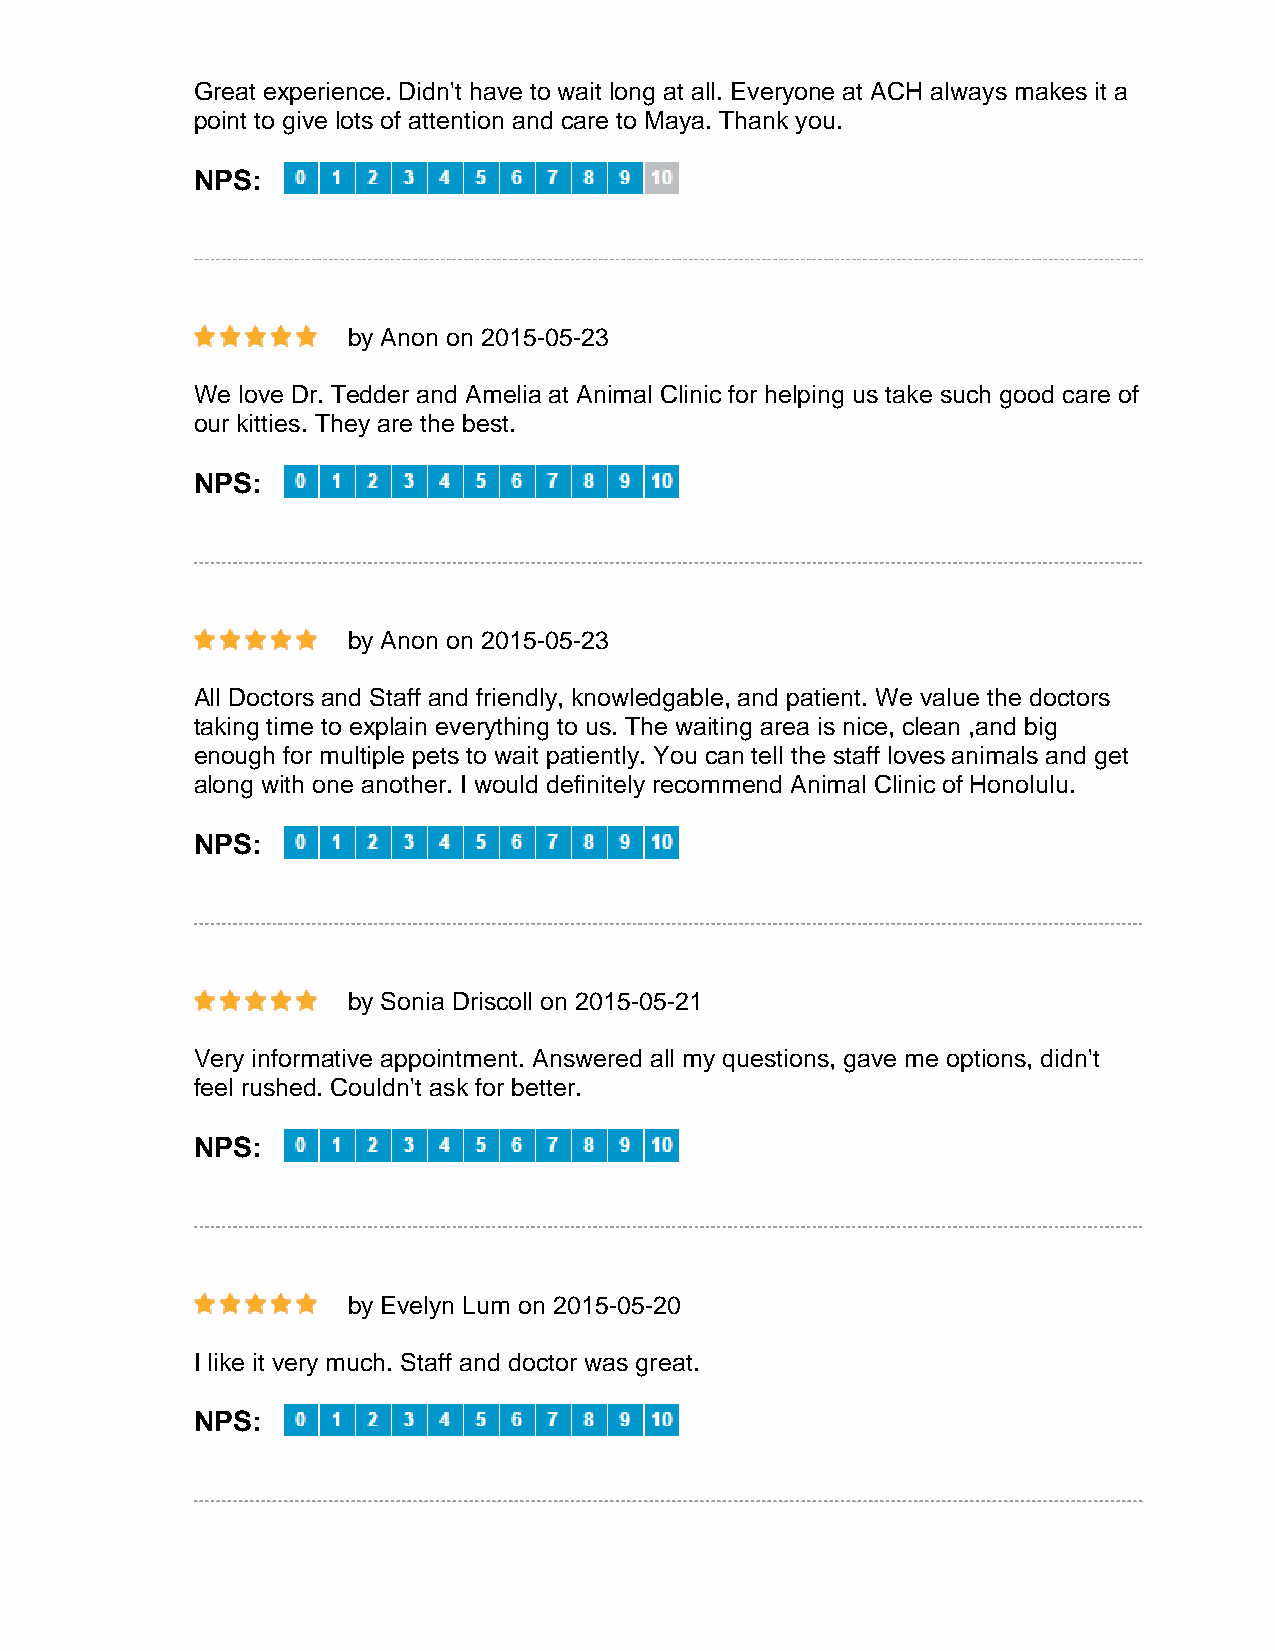
Great experience. Didn't have to wait long at all. Everyone at ACH always makes it a
 point to give lots of attention and care to Maya. Thank you.
 NPS:
 by Anon on 2015-05-23
 We love Dr. Tedder and Amelia at Animal Clinic for helping us take such good care of
 our kitties. They are the best.
 NPS:
 by Anon on 2015-05-23
 All Doctors and Staff and friendly, knowledgable, and patient. We value the doctors
 taking time to explain everything to us. The waiting area is nice, clean ,and big
 enough for multiple pets to wait patiently. You can tell the staff loves animals and get
 along with one another. I would definitely recommend Animal Clinic of Honolulu.
 NPS:
 by Sonia Driscoll on 2015-05-21
 Very informative appointment. Answered all my questions, gave me options, didn't
 feel rushed. Couldn't ask for better.
 NPS:
 by Evelyn Lum on 2015-05-20
 I like it very much. Staff and doctor was great.
 NPS: